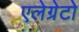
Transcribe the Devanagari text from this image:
एलेग्रेटो